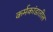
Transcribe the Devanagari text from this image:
कर्मकांडातील